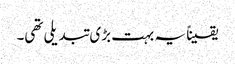
یقیناً یہ بہت بڑی تبدیلی تھی۔